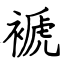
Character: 褫